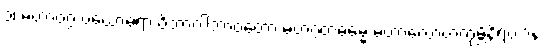
၁၊ မဟာဝဂ္ဂ ပယောဓရာ ဝိဘာဂါဘာဝတော မဟဂ္ဂတဓမ္မေ မဟာလောဟကုမ္ဘိနိရယာနံ